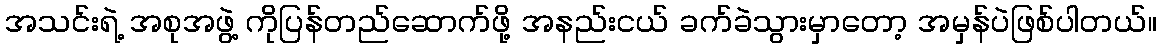
အသင်းရဲ့ အစုအဖွဲ့ ကိုပြန်တည်ဆောက်ဖို့ အနည်းငယ် ခက်ခဲသွားမှာတော့ အမှန်ပဲဖြစ်ပါတယ်။